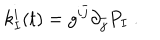
k _ { I } ^ { i } ( t ) = g ^ { i \bar { j } } \partial _ { \bar { j } } P _ { I } \ .